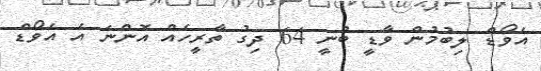
އެވޯޑް ލިބުމުން ވާޑީ ބުނީ 64 ދިގު ތާރީހެއް އޮންނަ އެ އެވޯޑް